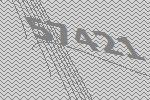
57421